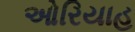
ઓરિયાહ